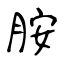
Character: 胺